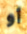
أو